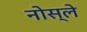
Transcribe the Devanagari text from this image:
नोस्ले